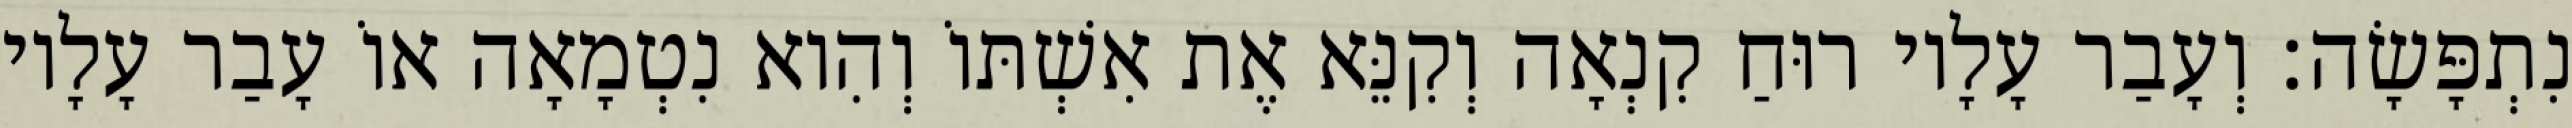
נִתְפָּשָׂה׃ וְעָבַר עָלָיו רוּחַ קִנְאָה וְקִנֵּא אֶת אִשְׁתּוֹ וְהִוא נִטְמָאָה אוֹ עָבַר עָלָיו